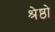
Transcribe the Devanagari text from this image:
श्रेष्ठो